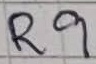
Text: R9